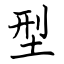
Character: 型